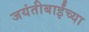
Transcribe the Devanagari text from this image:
जयंतीबाईंच्या